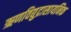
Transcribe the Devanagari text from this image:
ऋणविद्युद्रासायनिक